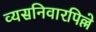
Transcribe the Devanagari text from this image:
व्यसनिवारपिल्ले